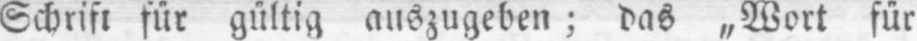
Schrift für gültig auszugeben; das „Wort für